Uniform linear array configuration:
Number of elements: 4
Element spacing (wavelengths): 1
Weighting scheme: hann
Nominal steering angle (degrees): -15
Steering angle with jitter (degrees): -14.399
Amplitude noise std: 0.05
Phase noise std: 0.05

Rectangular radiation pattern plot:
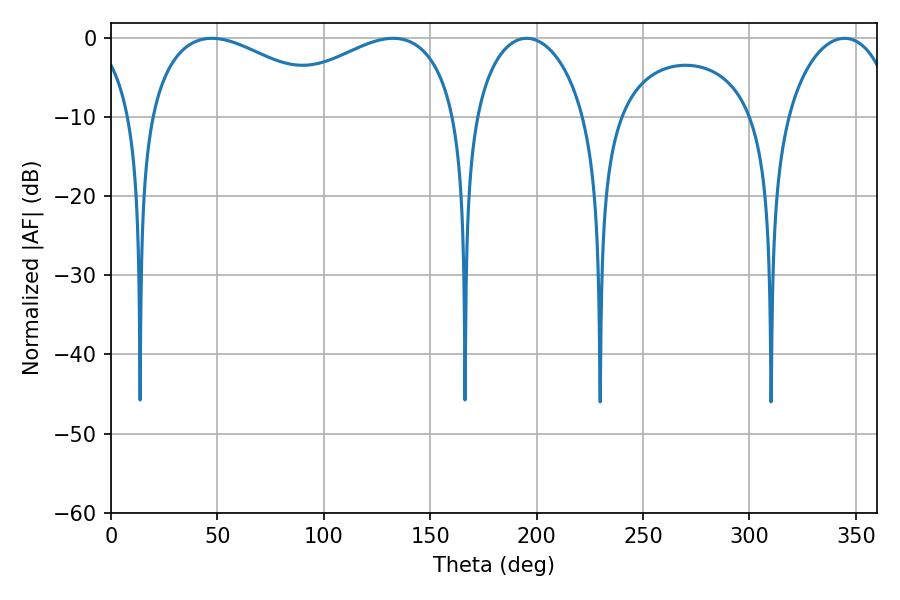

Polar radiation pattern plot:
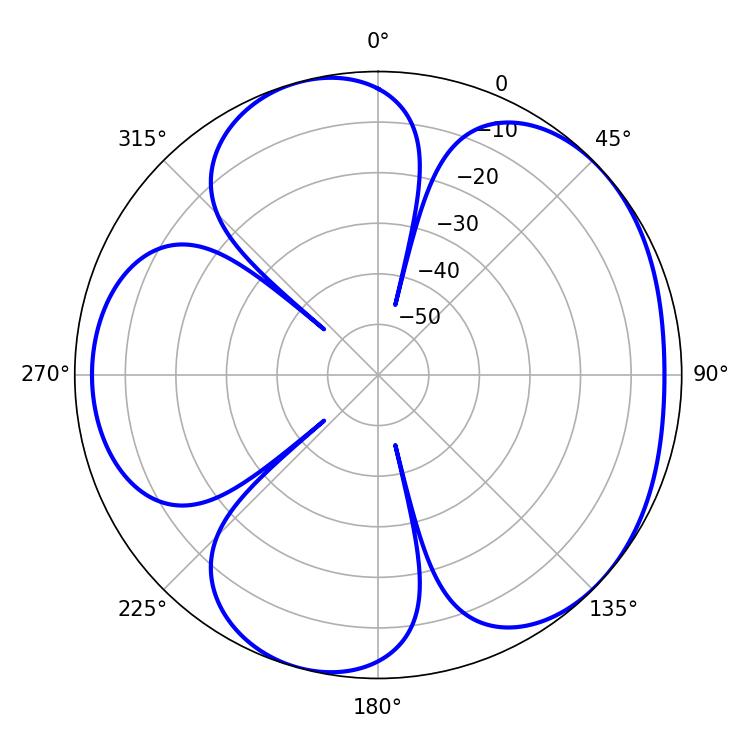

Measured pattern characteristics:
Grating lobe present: TRUE
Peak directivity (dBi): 4.785
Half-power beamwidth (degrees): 29.88
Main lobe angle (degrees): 195.3